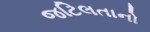
જટિલતાનો